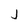
Character: j